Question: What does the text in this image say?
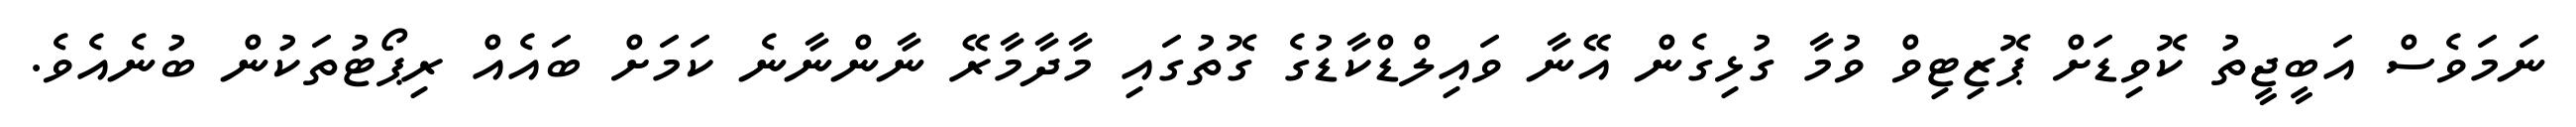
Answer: ނަމަވެސް އަބީޖީތު ކޮވިޑަށް ޕޮޒިޓިވް ވުމާ ގުޅިގެން އޭނާ ވައިލްޑްކާޑުގެ ގޮތުގައި މާދާމާރޭ ނާންނާނެ ކަމަށް ބައެއް ރިޕޯޓުތަކުން ބުނެއެވެ.